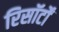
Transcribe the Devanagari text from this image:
रिसॉर्टों